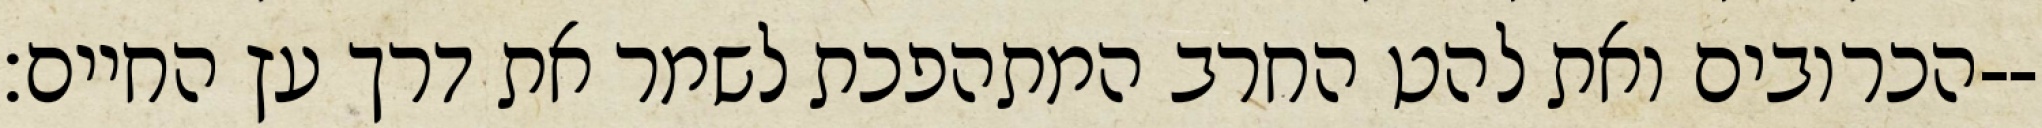
הכרובים ואת להט החרב המתהפכת לשמר את דרך עץ החיים׃--